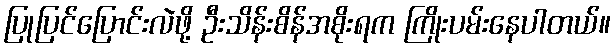
ပြုပြင်ပြောင်းလဲဖို့ ဦးသိန်းစိန်အစိုးရက ကြိုးပမ်းနေပါတယ်။